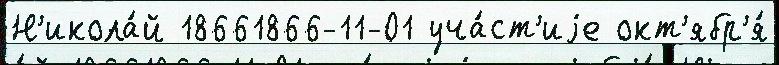
Н'икола́й 18661866-11-01 уча́ст'иjе окт'ябр'я́